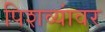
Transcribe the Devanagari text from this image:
पिशव्यांवर